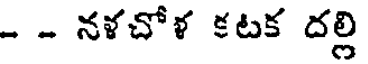
- - నళచోళ కటక దల్లి